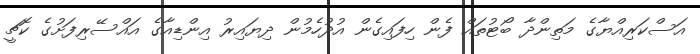
އަސްކަރިއްޔާގެ މަތިންދާ ބޯޓުތައް ފެން ހިފައިގެން އުދުހެމުން ދިޔައިރު އިންޑިއާގެ އައްސޭރިފަށުގެ ކޮޗީ